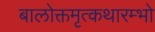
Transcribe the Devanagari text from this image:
बालोक्तमृत्कथारम्भो